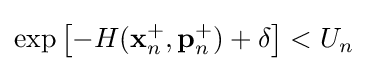
\exp \left[-H(\mathbf {x} _{n}^{+},\mathbf {p} _{n}^{+})+\delta \right]<U_{n}